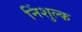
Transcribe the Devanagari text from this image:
निंशुल्क